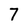
Character: 7